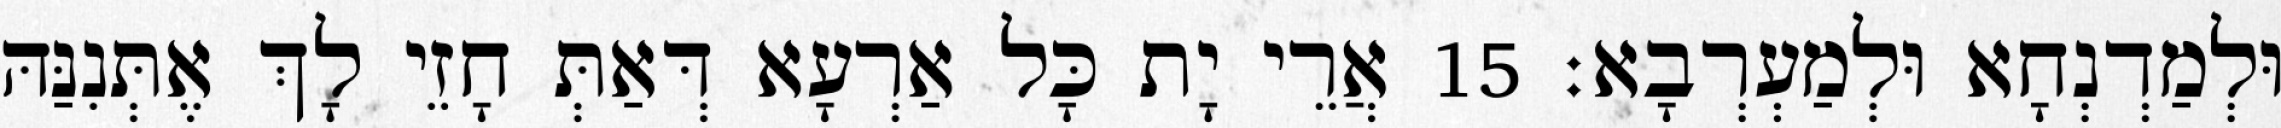
וּלְמַדְנְחָא וּלְמַעְרְבָא׃ 15 אֲרֵי יָת כָּל אַרְעָא דְּאַתְּ חָזֵי לָךְ אֶתְּנִנַּהּ